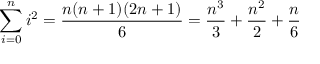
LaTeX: \sum _ { i = 0 } ^ { n } i ^ { 2 } = { \frac { n ( n + 1 ) ( 2 n + 1 ) } { 6 } } = { \frac { n ^ { 3 } } { 3 } } + { \frac { n ^ { 2 } } { 2 } } + { \frac { n } { 6 } } \qquad